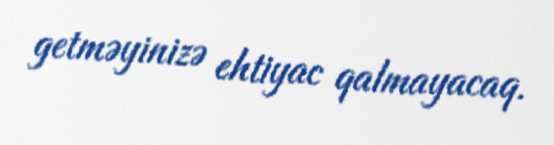
getməyinizə ehtiyac qalmayacaq.